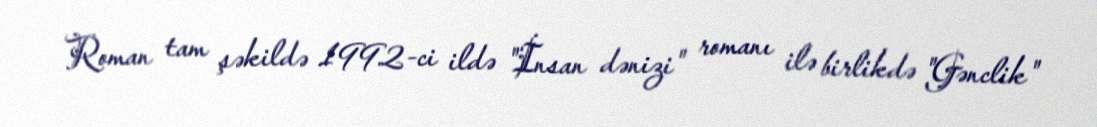
Roman tam şəkildə 1992-ci ildə "İnsan dənizi" romanı ilə birlikdə "Gənclik"